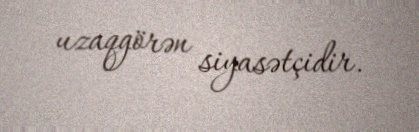
uzaqgörən siyasətçidir.